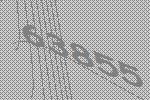
63855